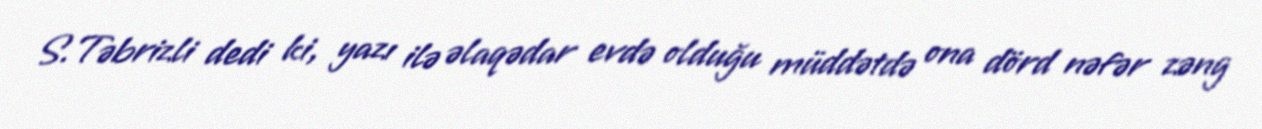
S.Təbrizli dedi ki, yazı ilə əlaqədar evdə olduğu müddətdə ona dörd nəfər zəng